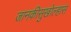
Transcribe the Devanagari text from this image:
जानकीसुखोल्हास